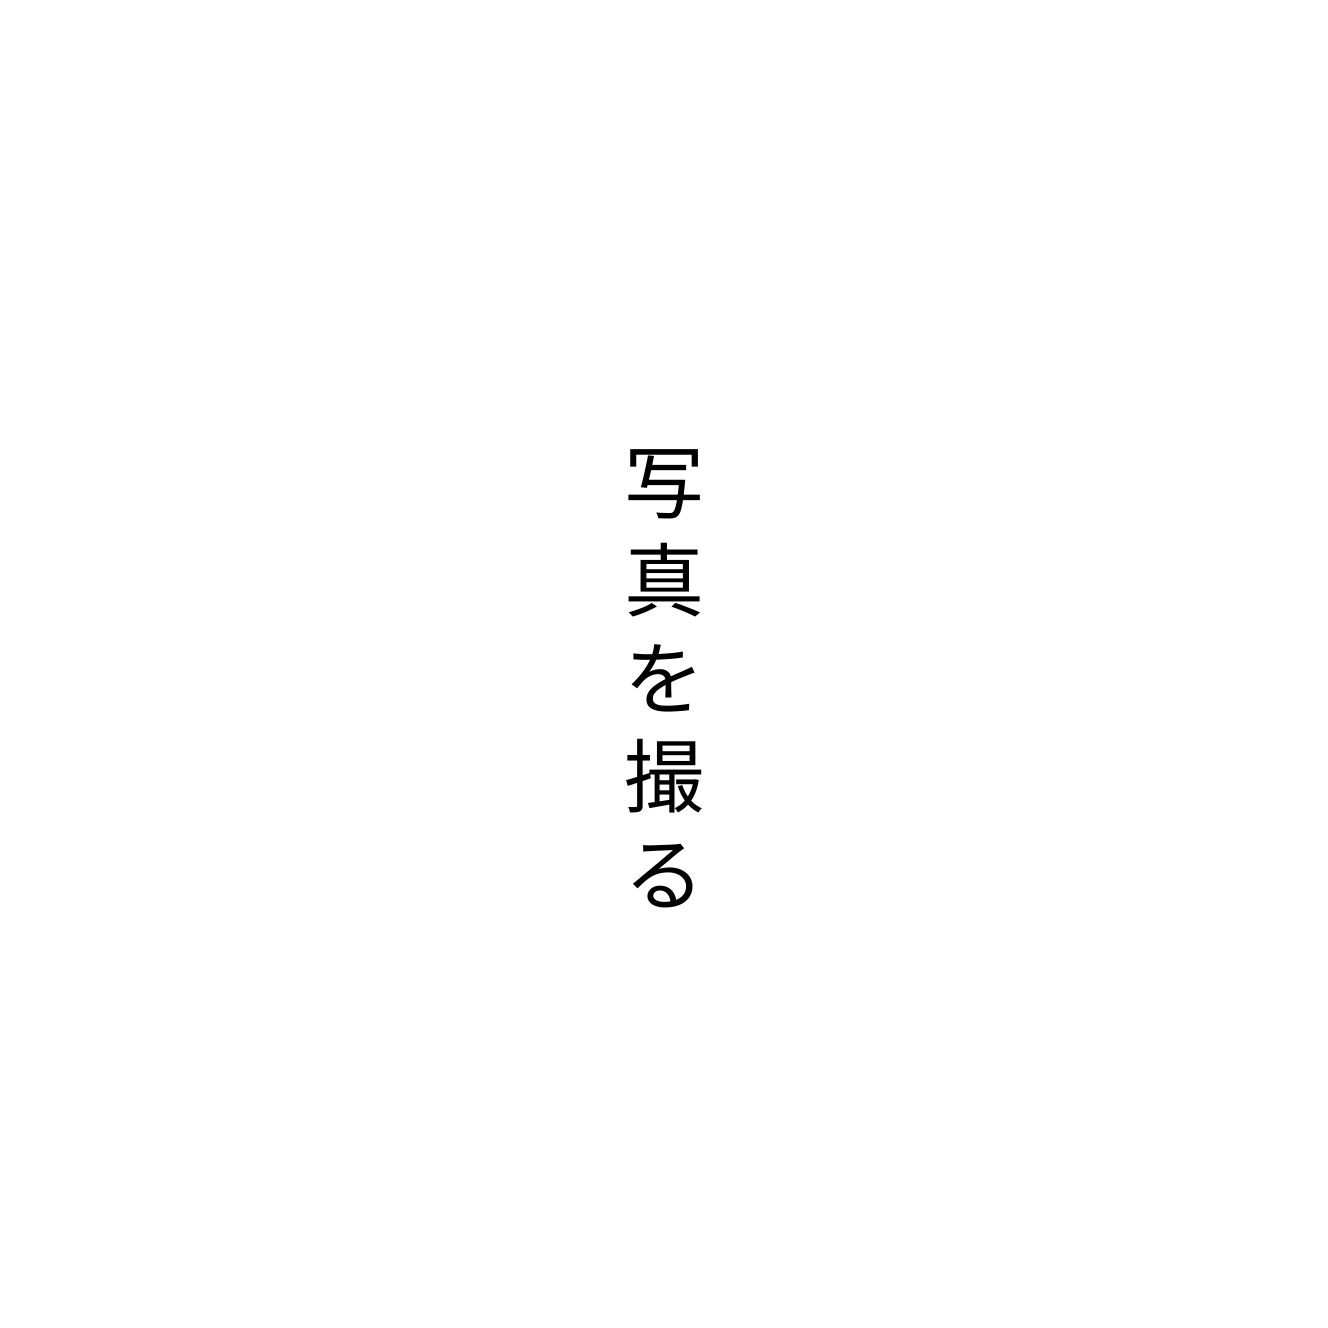
写真を撮る